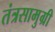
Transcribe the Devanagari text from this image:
तंत्रसामुग्री